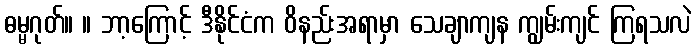
ဓမ္မဂုတ်။ ။ ဘာ့ကြောင့် ဒီနိုင်ငံက ဝိနည်းအရာမှာ သေချာကျန ကျွမ်းကျင် ကြရသလဲ